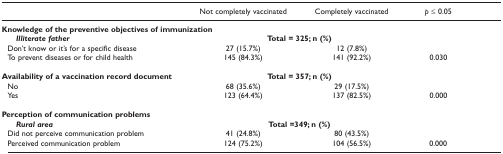
<table><thead><tr><td></td><td><b>Not completely vaccinated</b></td><td><b>Completely vaccinated</b></td><td><b><i>p </i>≤ 0.05</b></td></tr></thead><tbody><tr><td><b>Knowledge of the preventive objectives of immunization</b></td><td></td><td></td><td></td></tr><tr><td><b><i>Illiterate father</i></b></td><td colspan="2"><b>Total = 325; n (%)</b></td><td></td></tr><tr><td> Don&#x27;t know or it&#x27;s for a specific disease</td><td>27 (15.7%)</td><td>12 (7.8%)</td><td></td></tr><tr><td> To prevent diseases or for child health</td><td>145 (84.3%)</td><td>141 (92.2%)</td><td>0.030</td></tr><tr><td><b>Availability of a vaccination record document</b></td><td colspan="2"><b>Total = 357; n (%)</b></td><td></td></tr><tr><td> No</td><td>68 (35.6%)</td><td>29 (17.5%)</td><td></td></tr><tr><td> Yes</td><td>123 (64.4%)</td><td>137 (82.5%)</td><td>0.000</td></tr><tr><td><b>Perception of communication problems</b></td><td></td><td></td><td></td></tr><tr><td><b><i>Rural area</i></b></td><td colspan="2"><b>Total = 349; n (%)</b></td><td></td></tr><tr><td> Did not perceive communication problem</td><td>41 (24.8%)</td><td>80 (43.5%)</td><td></td></tr><tr><td> Perceived communication problem</td><td>124 (75.2%)</td><td>104 (56.5%)</td><td>0.000</td></tr></tbody></table>